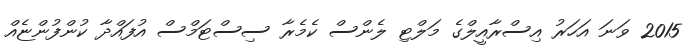
2015 ވަނަ އަހަރު އިސްރާއީލްގެ މަލްޓި ލެންސް ކެމެރާ ސިސްޓަމްސް އުފައްދާ ކުންފުންޏެއް